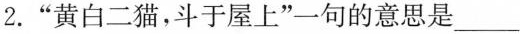
2.“黄白二猫，斗于屋上”一句的意思是___